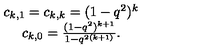
\begin{array} { c } { c _ { k , 1 } = c _ { k , k } = ( 1 - q ^ { 2 } ) ^ { k } } \\ { c _ { k , 0 } = \frac { ( 1 - q ^ { 2 } ) ^ { k + 1 } } { 1 - q ^ { 2 ( k + 1 ) } } . } \\ \end{array}